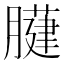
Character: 𦡐